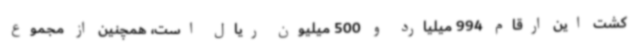
کشت این ارقام 994 میلیارد و 500 میلیون ریال است، همچنین از مجموع